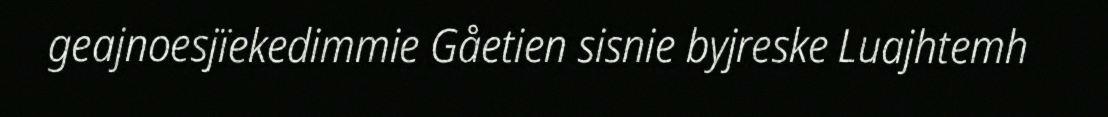
geajnoesjïekedimmie Gåetien sisnie byjreske Luajhtemh